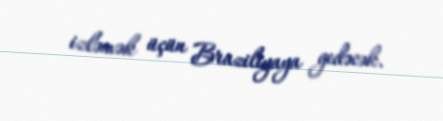
izləmək üçün Braziliyaya gedəcək.